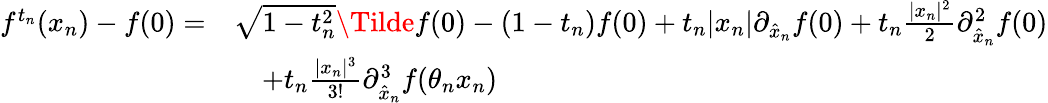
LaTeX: \begin{array}{rl}{f^{t_{n}}(x_{n})-f(0)=}&{\sqrt{1-t_{n}^{2}}\Tilde{f}(0)-(1-t_{n})f(0)+t_{n}\lvert x_{n}\rvert\partial_{\hat{x}_{n}}f(0)+t_{n}\frac{\lvert x_{n}\rvert^{2}}{2}\partial_{\hat{x}_{n}}^{2}f(0)}\\ &{\quad+t_{n}\frac{\lvert x_{n}\rvert^{3}}{3!}\partial_{\hat{x}_{n}}^{3}f(\theta_{n}x_{n})}\end{array}